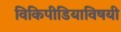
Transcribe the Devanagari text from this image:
विकिपीडियाविषयी